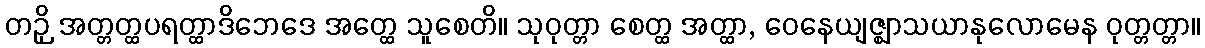
တဉှိ အတ္တတ္ထပရတ္ထာဒိဘေဒေ အတ္ထေ သူစေတိ။ သုဝုတ္တာ စေတ္ထ အတ္ထာ, ဝေနေယျဇ္ဈာသယာနုလောမေန ဝုတ္တတ္တာ။